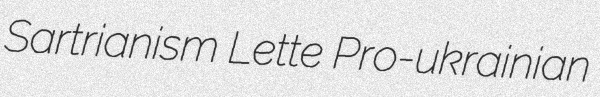
Sartrianism Lette Pro-ukrainian